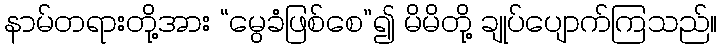
နာမ်တရားတို့အား “မွေခံဖြစ်စေ”၍ မိမိတို့ ချုပ်ပျောက်ကြသည်။